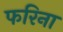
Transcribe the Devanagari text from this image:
फरिना